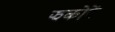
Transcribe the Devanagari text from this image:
झकोरें